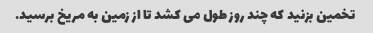
تخمین بزنید که چند روز طول می کشد تا از زمین به مریخ برسید.